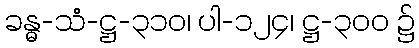
ခန္ဓ-သံ-ဋ္ဌ-၃၁၀၊ ပါ-၁၂၄၊ ဋ္ဌ-၃၀၀ ၌